Scottish Leaving Certificate Examination, 1959
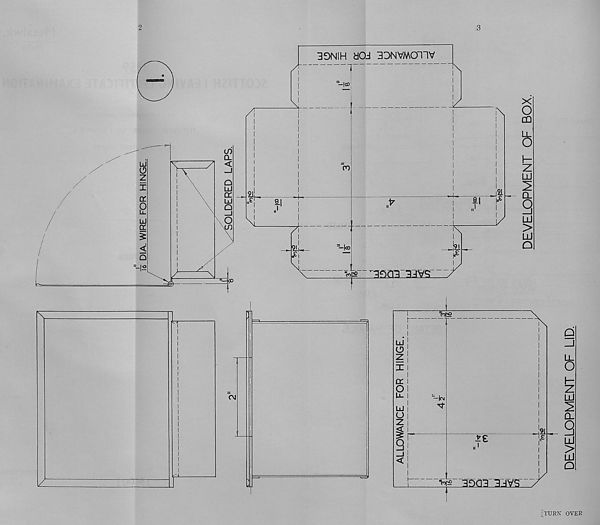
2
39NIH dOJ 33NVMOHV
-_|CD
CO
"-I®
N
i
>
>
^'■^32mi33aSL
1/
X
o
CD
b
z
LU
l
9
LU
>
LU
Q
UJ
O
o:
s
UJ
o
z
I
1o|£
^•(CM
j
3^Q9 1JVS
'TURN OVER
DEVELOPMENT OF LID.